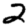
Digit: 2